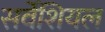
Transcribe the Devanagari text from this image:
सर्वेशियल